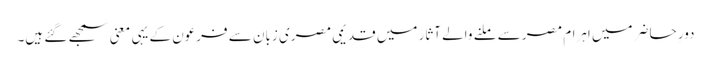
دورِ حاضر میں اہرام مصر سے ملنے والے آثار میں قدیمی مصری زبان سے فرعون کے یہی معنی سمجھے گئے ہیں۔